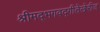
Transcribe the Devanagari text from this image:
श्रीमद्‌भगवद्‌गीतेखेरीज